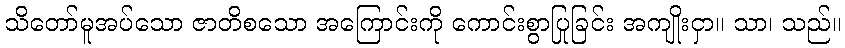
သိတော်မူအပ်သော ဇာတိစသော အကြောင်းကို ကောင်းစွာပြုခြင်း အကျိုးငှာ။ သာ၊ သည်။